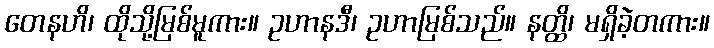
တေနဟိ၊ ထိုသို့မြစ်မူကား။ ဥဟာနဒီ၊ ဥဟာမြစ်သည်။ နတ္ထိ၊ မရှိခဲ့တကား။